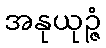
အနုယုဉ္ဇံ